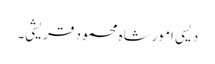
دیسی امورشاہ محمود قریشی۔